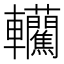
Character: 𰹮